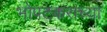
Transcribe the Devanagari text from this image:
भोपटकरांच्या